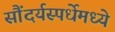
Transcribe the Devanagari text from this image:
सौंदर्यस्पर्धेमध्ये